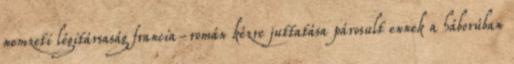
nemzeti légitársaság francia-román kézre juttatása párosult ennek a háborúban